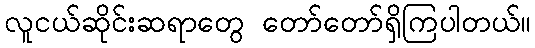
လူငယ်ဆိုင်းဆရာတွေ တော်တော်ရှိကြပါတယ်။